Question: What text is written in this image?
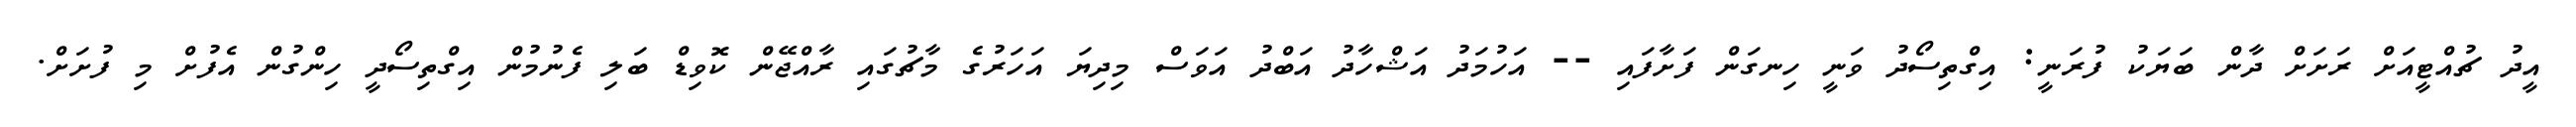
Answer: އީދު ޗުއްޓީއަށް ރަށަށް ދާން ބަޔަކު ފުރަނީ: އިގްތިސޯދު ވަނީ ހިނގަން ފަށާފައި -- އަހުމަދު އަޝްހާދު އަބްދު އަވަސް މިދިޔަ އަހަރުގެ މާޗުގައި ރާއްޖޭން ކޮވިޑް ބަލި ފެނުމުން އިގްތިސޯދީ ހިންގުން އެފުށް މި ފުށަށް.